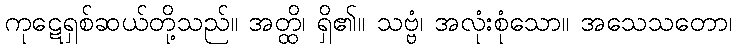
ကုဋေရှစ်ဆယ်တို့သည်။ အတ္ထိ၊ ရှိ၏။ သဗ္ဗံ၊ အလုံးစုံသော။ အသေသတော၊